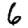
Digit: 6